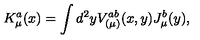
K _ { \mu } ^ { a } ( x ) = \int d ^ { 2 } y V _ { ( \mu ) } ^ { a b } ( x , y ) J _ { \mu } ^ { b } ( y ) ,